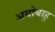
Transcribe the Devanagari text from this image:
अयोबाहु